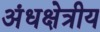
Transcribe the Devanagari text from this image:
अंधक्षेत्रीय